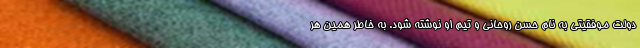
دولت موفقیتی به نام حسن روحانی و تیم او نوشته شود. به خاطر همین هر